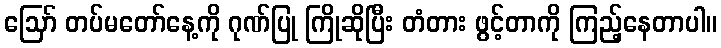
ဪ တပ်မတော်နေ့ကို ဂုဏ်ပြု ကြိုဆိုပြီး တံတား ဖွင့်တာကို ကြည့်နေတာပါ။